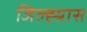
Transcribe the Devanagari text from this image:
जिल्ह्य़ास